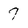
Character: 7